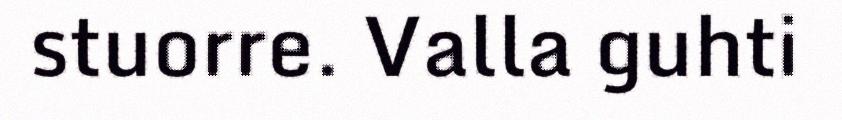
stuorre. Valla guhti